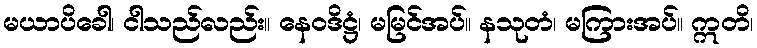
မယာပိခေါ၊ ငါသည်လည်း။ နေဝဒိဋ္ဌံ၊ မမြင်အပ်။ နသုတံ၊ မကြားအပ်။ ဣတိ၊